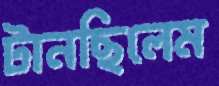
টানছিলেম